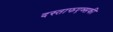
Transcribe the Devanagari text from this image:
दस्ताफएव्सकी